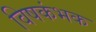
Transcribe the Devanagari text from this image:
विषकंभक